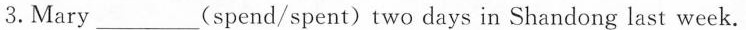
3.Mary___(spend/spent)two days in Shandong last week.